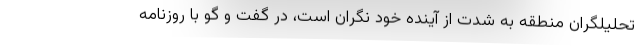
تحلیلگران منطقه به شدت از آینده خود نگران است، در گفت و گو با روزنامه